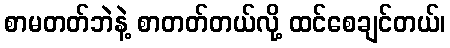
စာမတတ်ဘဲနဲ့ စာတတ်တယ်လို့ ထင်စေချင်တယ်၊